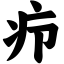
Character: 疖